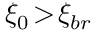
\xi _ { 0 } \! > \! \xi _ { b r }